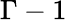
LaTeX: \Gamma-1